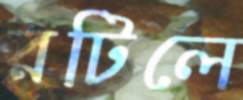
রটিলে